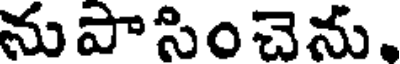
నుపాసించెను.